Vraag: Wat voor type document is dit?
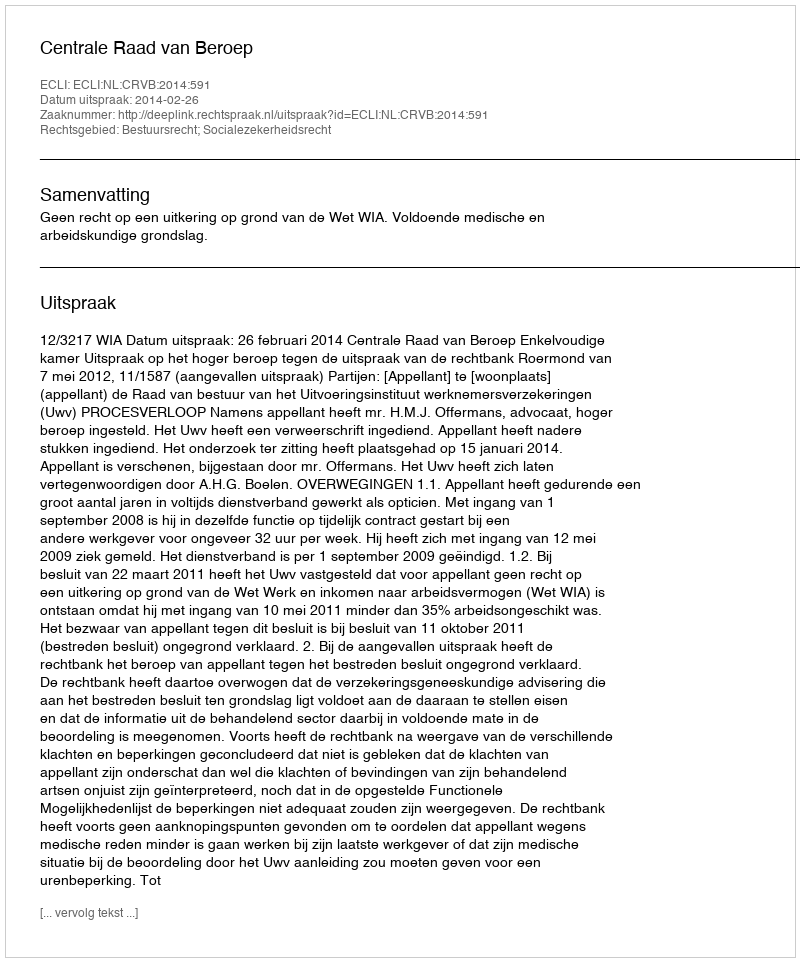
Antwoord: Uitspraak